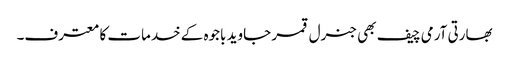
بھارتی آرمی چیف بھی جنرل قمر جاوید باجوہ کے خدمات کا معترف۔